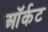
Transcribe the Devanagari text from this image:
ऑर्कट